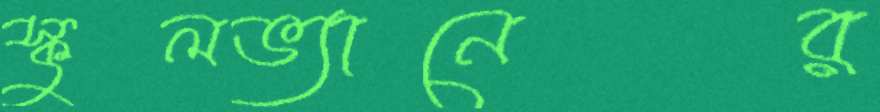
স্কুলভ্যানের